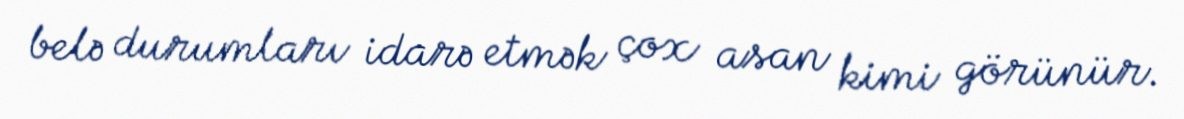
belə durumları idarə etmək çox asan kimi görünür.